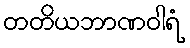
တတိယဘာဏဝါရံ